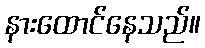
နားထောင်နေသည်။